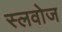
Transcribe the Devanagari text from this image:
स्लवोज